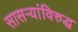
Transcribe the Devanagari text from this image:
सासऱ्यांविरुद्ध